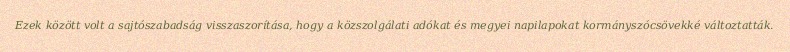
Ezek között volt a sajtószabadság visszaszorítása, hogy a közszolgálati adókat és megyei napilapokat kormányszócsövekké változtatták.